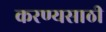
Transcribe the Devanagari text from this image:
करण्यसाठी